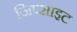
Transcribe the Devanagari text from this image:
जिप्साइट